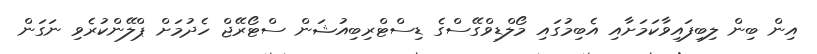
އިން ބިން ލިބިފައިވާކަމަށާއި އެބިމުގައި މޯލްޑިވްގޭސްގެ ޑިސްޓްރިބިއުޝަން ސްޓޯރޭޖް ހެދުމަށް ޕްލޭންކުރެވި ނަގަން